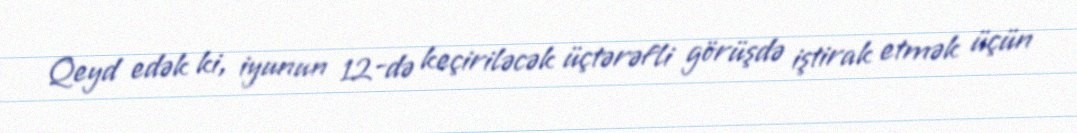
Qeyd edək ki, iyunun 12-də keçiriləcək üçtərəfli görüşdə iştirak etmək üçün